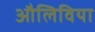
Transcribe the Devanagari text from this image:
औलिविया